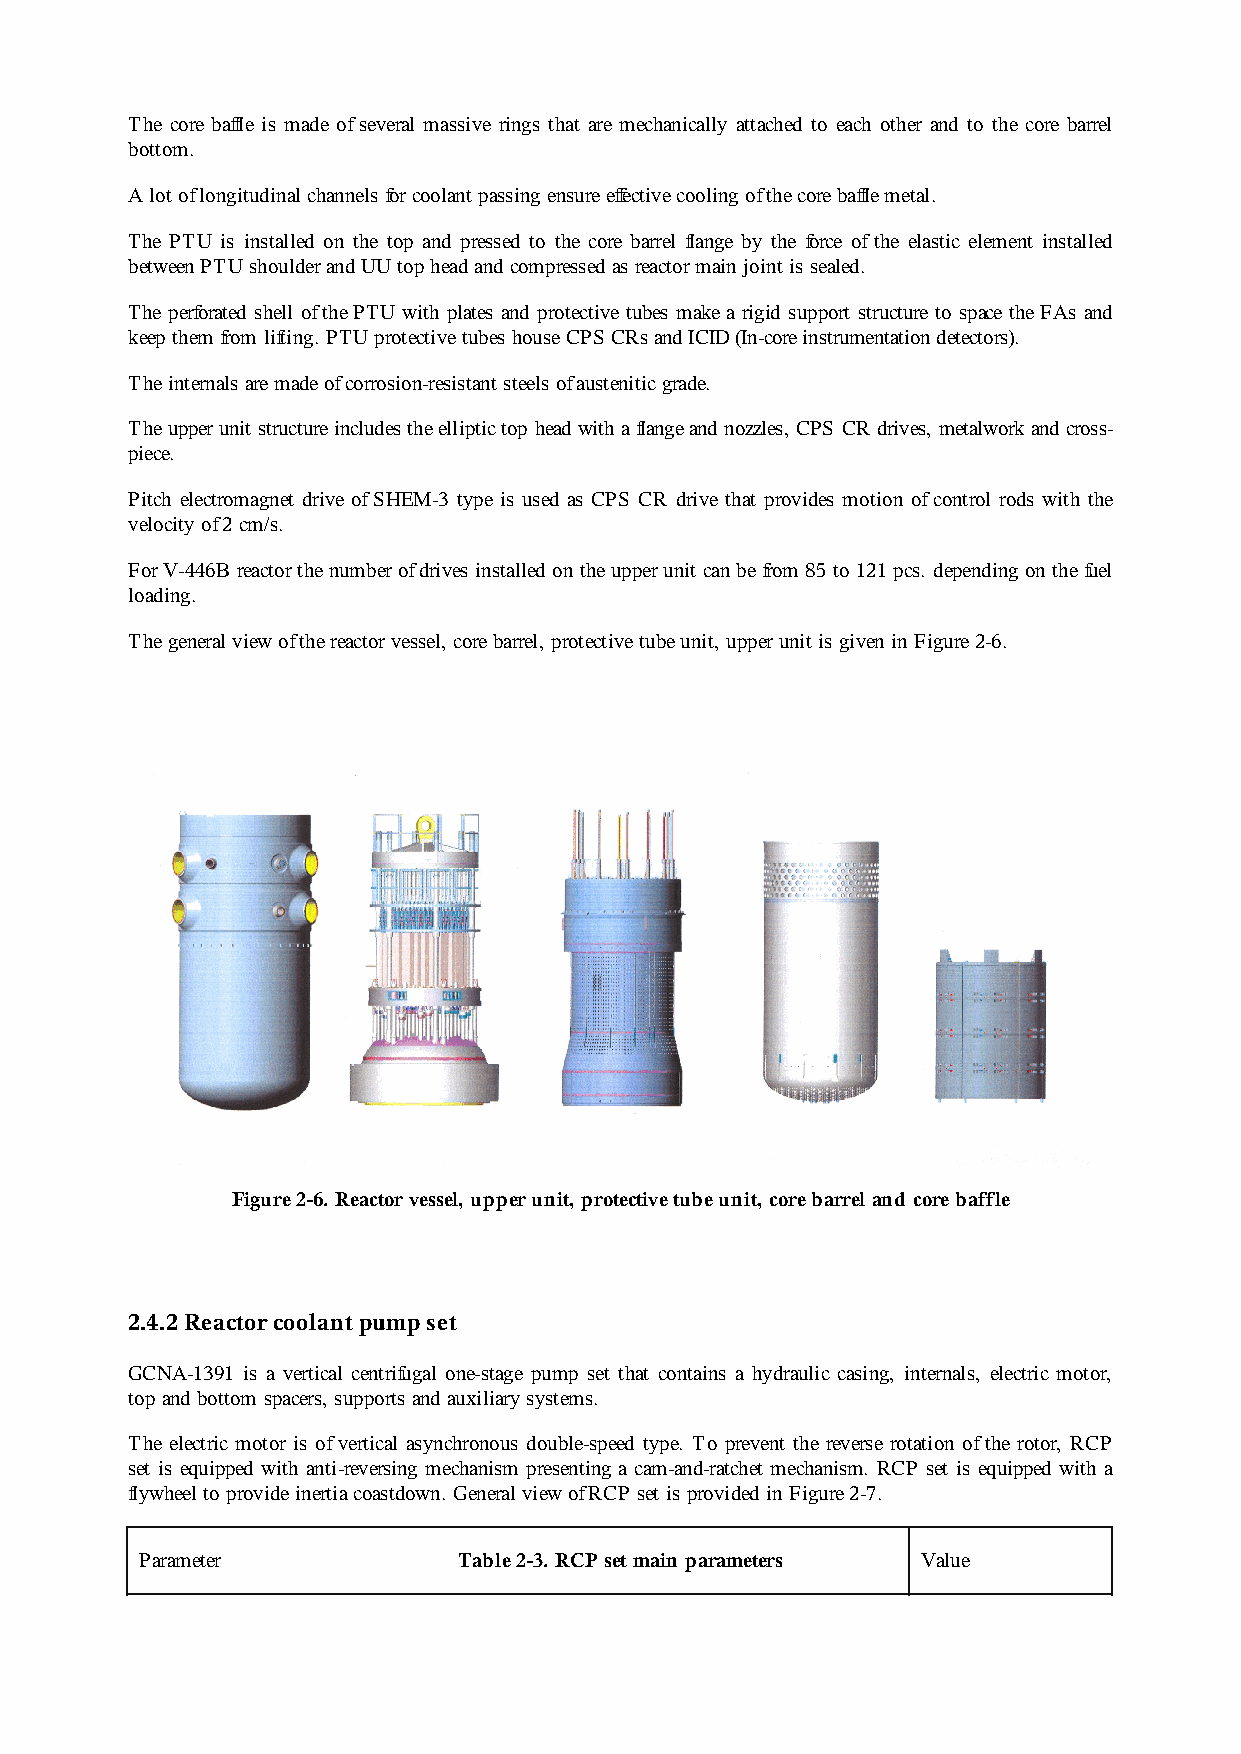
The core baffle is made of several massive rings that are mechanically attached to each other and to the core barrel
 bottom.
 A lot of longitudinal channels for coolant passing ensure effective cooling of the core baffle metal.
 The PTU is installed on the top and pressed to the core barrel flange by the force of the elastic element installed
 between PTU shoulder and UU top head and compressed as reactor main joint is sealed.
 The perforated shell of the PTU with plates and protective tubes make a rigid support structure to space the FAs and
 keep them from lifting. PTU protective tubes house CPS CRs and ICID (In-core instrumentation detectors).
 The internals are made of corrosion-resistant steels of austenitic grade.
 The upper unit structure includes the elliptic top head with a flange and nozzles, CPS CR drives, metalwork and cross-
 piece.
 Pitch electromagnet drive of SHEM-3 type is used as CPS CR drive that provides motion of control rods with the
 velocity of 2 cm/s.
 For V-446B reactor the number of drives installed on the upper unit can be from 85 to 121 pcs. depending on the fuel
 loading.
 The general view of the reactor vessel, core barrel, protective tube unit, upper unit is given in Figure 2-6.
 Figure 2-6. Reactor vessel, upper unit, protective tube unit, core barrel and core baffle
 2.4.2 Reactor coolant pump set
 GCNA-1391 is a vertical centrifugal one-stage pump set that contains a hydraulic casing, internals, electric motor,
 top and bottom spacers, supports and auxiliary systems.
 The electric motor is of vertical asynchronous double-speed type. To prevent the reverse rotation of the rotor, RCP
 set is equipped with anti-reversing mechanism presenting a cam-and-ratchet mechanism. RCP set is equipped with a
 flywheel to provide inertia coastdown. General view of RCP set is provided in Figure 2-7.
 Parameter            Table 2-3. RCP set main parameters Value